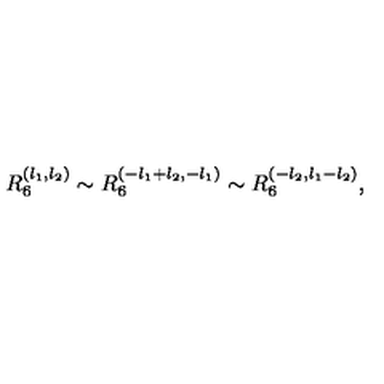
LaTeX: R _ { 6 } ^ { ( l _ { 1 } , l _ { 2 } ) } \sim R _ { 6 } ^ { ( - l _ { 1 } + l _ { 2 } , - l _ { 1 } ) } \sim R _ { 6 } ^ { ( - l _ { 2 } , l _ { 1 } - l _ { 2 } ) } ,